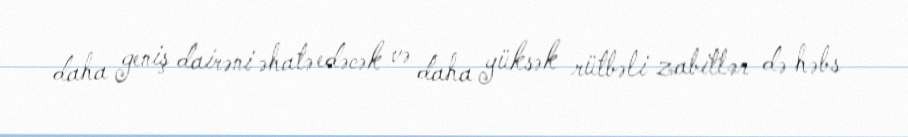
daha geniş dairəni əhatə edəcək və daha yüksək rütbəli zabitlər də həbs